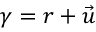
\gamma = r + { \vec { u } }